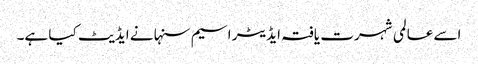
اسے عالمی شہرت یافتہ ایڈیٹر اسیم سنہا نے ایڈیٹ کیا ہے۔